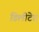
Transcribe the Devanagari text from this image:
डिलीटेड